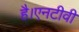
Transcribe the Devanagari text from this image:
है।एनटीवी